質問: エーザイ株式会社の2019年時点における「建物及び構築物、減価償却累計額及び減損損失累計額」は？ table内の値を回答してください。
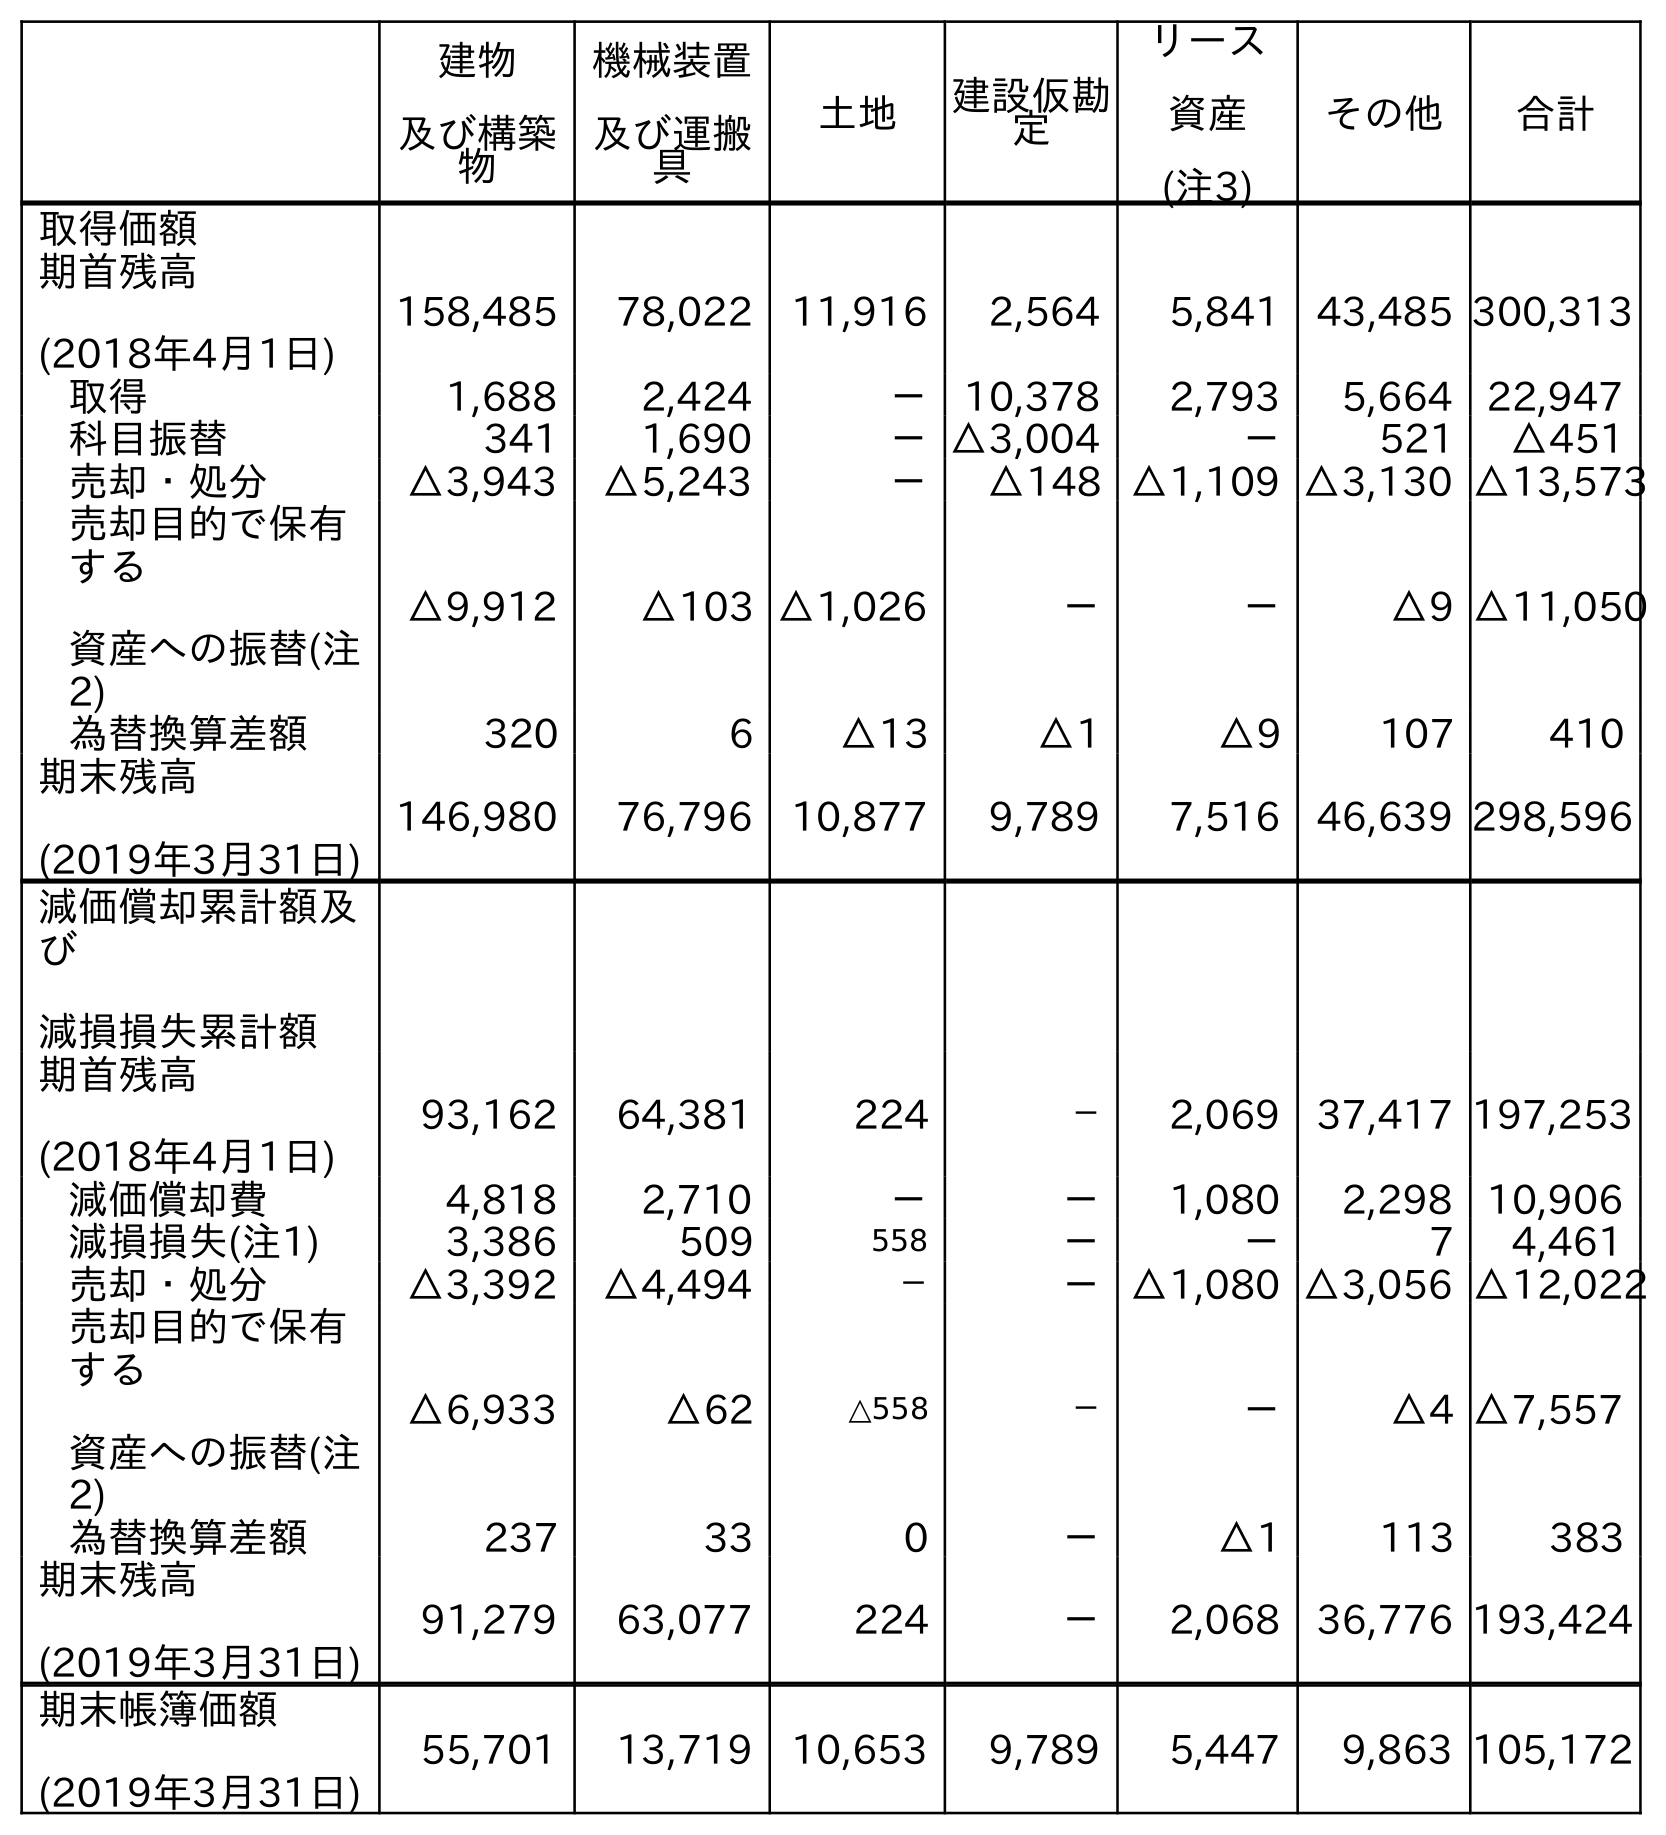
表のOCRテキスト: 建物 及び構築 物 機械装置 及び運搬 具 土地 建設仮勘 定 リース 資産 (注3) その他 合計 取得価額 期首残高 (2018年4月1日) 158,485 78,022 11,916 2,564 5,841 43,485 300,313 取得 1,688 2,424 － 10,378 2,793 5,664 22,947 科目振替 341 1,690 －△3,004 － 521 △451 売却・処分 △3,943 △5,243 － △148 △1,109 △3,130 △13,573 売却目的で保有 する 資産への振替(注 2) △9,912 △103 △1,026 － － △9 △11,050 為替換算差額 320 6 △13 △1 △9 107 410 期末残高 (2019年3月31日) 146,980 76,796 10,877 9,789 7,516 46,639 298,596 減価償却累計額及 び 減損損失累計額 期首残高 (2018年4月1日) 93,162 64,381 224 － 2,069 37,417 197,253 減価償却費 4,818 2,710 － － 1,080 2,298 10,906 減損損失(注1) 3,386 509 558 － － 7 4,461 売却・処分 △3,392 △4,494 － －△1,080 △3,056 △12,022 売却目的で保有 する 資産への振替(注 2) △6,933 △62 △558 － － △4 △7,557 為替換算差額 237 33 0 － △1 113 383 期末残高 (2019年3月31日) 91,279 63,077 224 － 2,068 36,776 193,424 期末帳簿価額 (2019年3月31日) 55,701 13,719 10,653 9,789 5,447 9,863 105,172
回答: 91,279